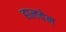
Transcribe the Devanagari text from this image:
हालवेन